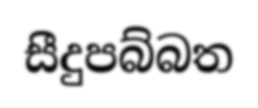
සීදුපබ්බත